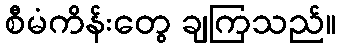
စီမံကိန်းတွေ ချကြသည်။